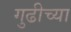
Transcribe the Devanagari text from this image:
गुढीच्या